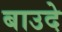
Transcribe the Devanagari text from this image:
बाउदे